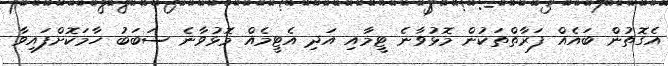
އެގޮތުން ބައެއް ފަރާތްތަކުން މޮޅުވާނެ ޓީމާއި އަދި އެޓީމެއް މޮޅުވާނެ ސަބަބު ހާމަކޮށްފައިވާ